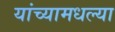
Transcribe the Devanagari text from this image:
यांच्यामधल्या